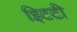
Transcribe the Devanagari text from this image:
इिटटी